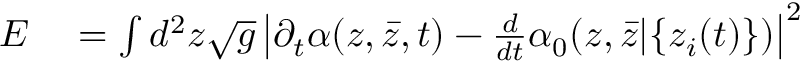
\begin{array} { r l } { E } & { { } = \int d ^ { 2 } z \sqrt { g } \left| \partial _ { t } \alpha ( z , { \bar { z } } , t ) - \frac { d } { d t } \alpha _ { 0 } ( z , { \bar { z } } | \{ z _ { i } ( t ) \} ) \right| ^ { 2 } } \end{array}